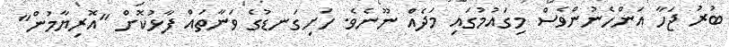
ބުރު ޖަހާ އަންހެނުންވެސް މިގައުމުގައި މަދެއެް ނޫނެވެ. ހަށިގަނޑުގެ ވަނާތައް ފާޅުކޮށް "އޮރިޔާމުން"